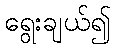
ရွေးချယ်၍